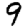
Digit: 9